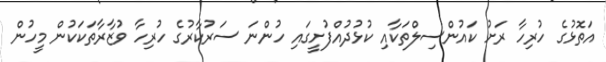
އަތޮޅުގެ ހުރިހާ ރަށު ކައުންސިލްތަކާއި ކުޅުދުއްފުށީގައި ހުންނަ ސަރުކާރުގެ ހުރިހާ ވުޒާރާތަކަކުން މީހުން